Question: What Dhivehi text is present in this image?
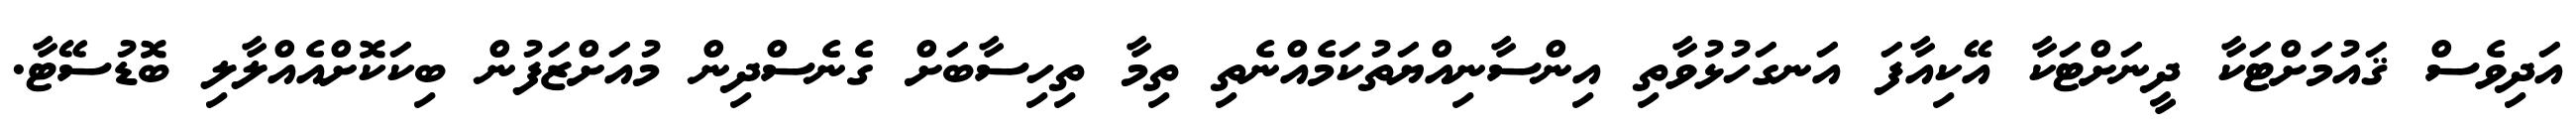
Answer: އަދިވެސް ޤައުމަށްޓަކާ ދީނަށްޓަކާ އޭކިއާފަ އަނގަހުޅުވާތި އިންސާނިއްޔަތުކަމެއްނެތި ތިމާ ތިހިސާބަށް ގެނެސްދިން މުއަށްޒަފުން ބިކަކޮށްއެއްލާލި ބޮޑުސޭޓާ.